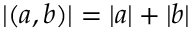
| ( a , b ) | = | a | + | b |